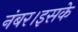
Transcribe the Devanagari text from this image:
नंबर।इसके